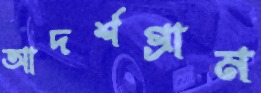
আদর্শগ্রাম